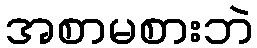
အစာမစားဘဲ